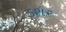
ડશર